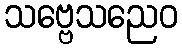
သဗ္ဗေသညေဝ